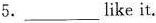
5.___like it.